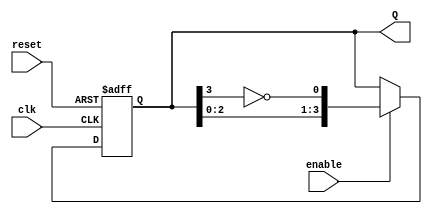
module JohnsonCounter #(
    parameter N = 4  // Number of flip-flops
)(
    input wire clk,       // Clock signal
    input wire reset,     // Asynchronous reset
    input wire enable,    // Enable signal
    output reg [N-1:0] Q // Output state
);

    // Internal signal for feedback
    wire feedback;

    // Feedback is the inverted output of the last flip-flop
    assign feedback = ~Q[N-1];

    // Sequential logic for the Johnson counter
    always @(posedge clk or posedge reset) begin
        if (reset) begin
            Q <= 0; // Reset all flip-flops to 0
        end else if (enable) begin
            // Shift the states and apply feedback
            Q <= {Q[N-2:0], feedback};
        end
    end

endmodule